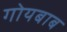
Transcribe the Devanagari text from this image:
गोयबाब